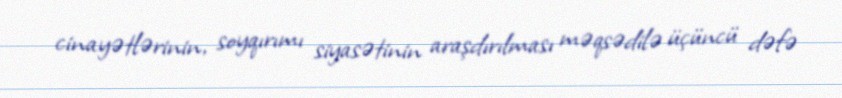
cinayətlərinin, soyqırımı siyasətinin araşdırılması məqsədilə üçüncü dəfə